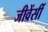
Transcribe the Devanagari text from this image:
जीवेंसीं